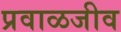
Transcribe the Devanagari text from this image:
प्रवाळजीव